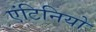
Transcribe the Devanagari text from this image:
एंटिनियो